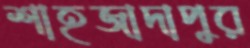
শাহজাদাপুর